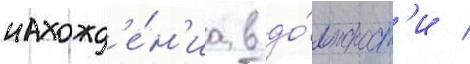
нахожд'е́н'иа в до́лжност'и /